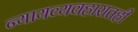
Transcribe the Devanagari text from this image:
न्यायव्यवहारातही